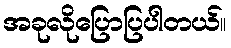
အခုလိုပြောပြပါတယ်။